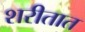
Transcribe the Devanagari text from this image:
शरीतात